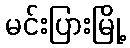
မင်းပြားမြို့